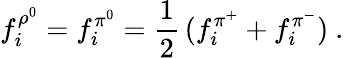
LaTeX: f_{i}^{\rho^{0}}=f_{i}^{\pi^{0}}=\frac{1}{2}\, (f_{i}^{\pi^{+}}+f_{i}^{\pi^{-}})~.